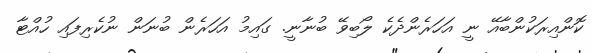
ކޮންއިރަކުންބާއޭ ނީ އަހަރެންދެކެ ލޯބިވޭ ބުނާނީ. ގައިމު އަހަރެން ބުނަން ނުކެރިފައި ހުއްޓާ